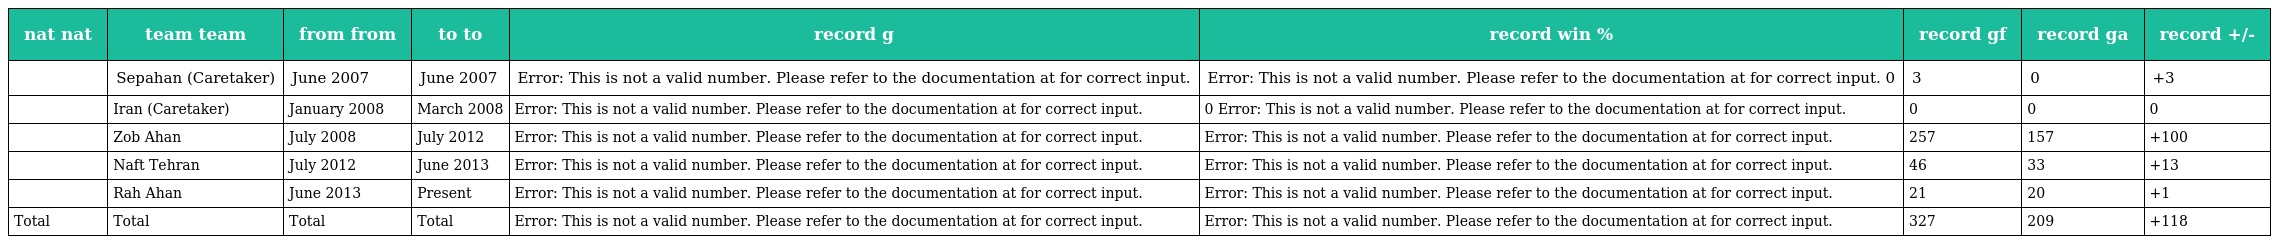
| nat nat | team team | from from | to to | record g | record win % | record gf | record ga | record +/- |
 | --- | --- | --- | --- | --- | --- | --- | --- | --- |
 |  | Sepahan (Caretaker) | June 2007 | June 2007 | Error: This is not a valid number. Please refer to the documentation at for correct input. | Error: This is not a valid number. Please refer to the documentation at for correct input. 0 | 3 | 0 | +3 |
 |  | Iran (Caretaker) | January 2008 | March 2008 | Error: This is not a valid number. Please refer to the documentation at for correct input. | 0 Error: This is not a valid number. Please refer to the documentation at for correct input. | 0 | 0 | 0 |
 |  | Zob Ahan | July 2008 | July 2012 | Error: This is not a valid number. Please refer to the documentation at for correct input. | Error: This is not a valid number. Please refer to the documentation at for correct input. | 257 | 157 | +100 |
 |  | Naft Tehran | July 2012 | June 2013 | Error: This is not a valid number. Please refer to the documentation at for correct input. | Error: This is not a valid number. Please refer to the documentation at for correct input. | 46 | 33 | +13 |
 |  | Rah Ahan | June 2013 | Present | Error: This is not a valid number. Please refer to the documentation at for correct input. | Error: This is not a valid number. Please refer to the documentation at for correct input. | 21 | 20 | +1 |
 | Total | Total | Total | Total | Error: This is not a valid number. Please refer to the documentation at for correct input. | Error: This is not a valid number. Please refer to the documentation at for correct input. | 327 | 209 | +118 |